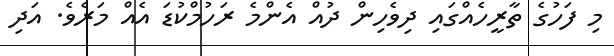
މި ފަހުގެ ތާރީހެއްގައި ދިވެހިން ދުއް އެންމެ ރަހުމްކުޑަ އެއް މަރެވެ. އަދި